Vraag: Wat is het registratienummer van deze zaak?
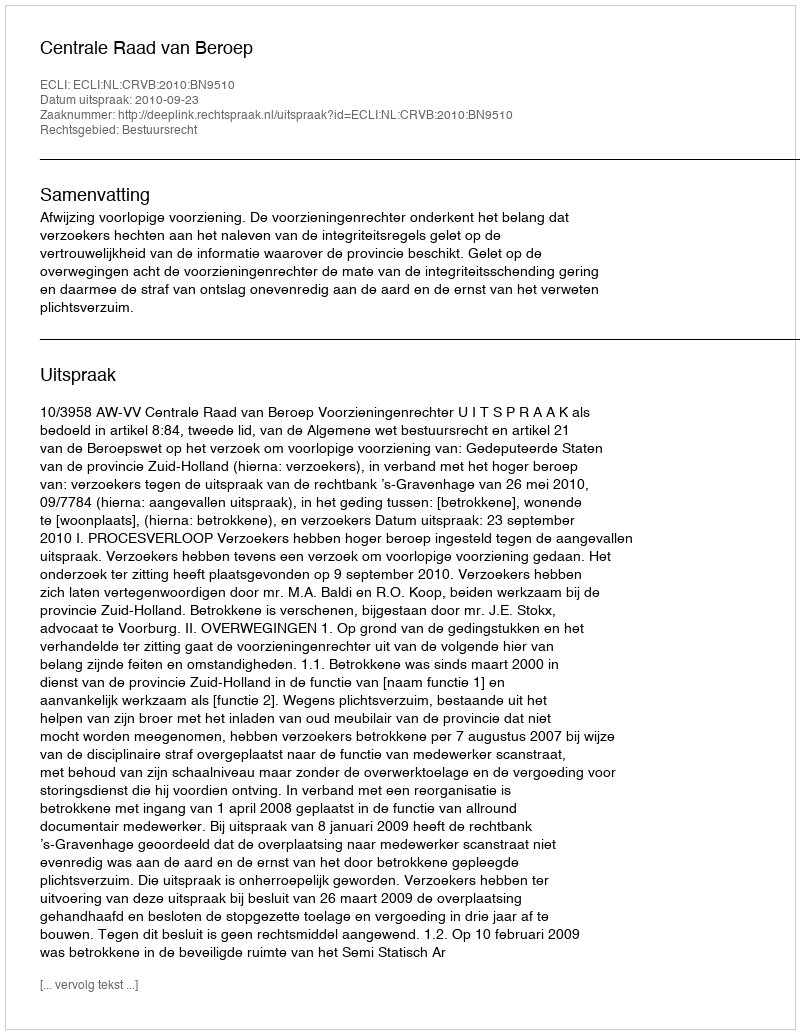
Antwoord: http://deeplink.rechtspraak.nl/uitspraak?id=ECLI:NL:CRVB:2010:BN9510